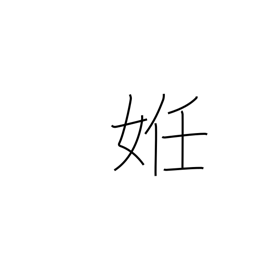
Meaning: be(come) pregnant